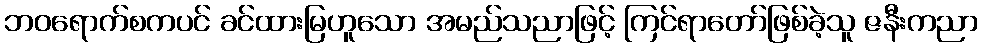
ဘဝရောက်စကပင် ခင်ထားမြဟူသော အမည်သညာဖြင့် ကြင်ရာတော်ဖြစ်ခဲ့သူ ဇနီးကညာ